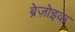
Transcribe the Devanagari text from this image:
ब्रेज़ोइक